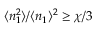
\langle n _ { 1 } ^ { 2 } \rangle / \langle n _ { 1 } \rangle ^ { 2 } \geq \chi / 3